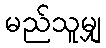
မည်သူမျှ